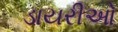
ડાયરીઓ